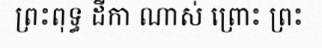
ព្រះពុទ្ធ ដីកា ណាស់ ព្រោះ ព្រះ